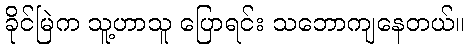
ခိုင်မြဲက သူ့ဟာသူ ပြောရင်း သဘောကျနေတယ်။